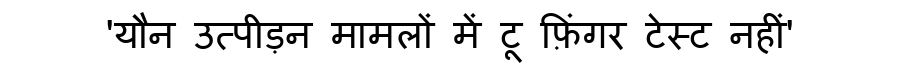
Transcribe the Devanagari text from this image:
'यौन उत्पीड़न मामलों में टू फ़िंगर टेस्ट नहीं'